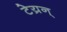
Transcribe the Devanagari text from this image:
टेय्रन्